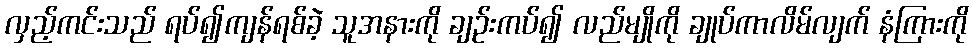
လှည့်ကင်းသည် ရပ်၍ကျန်ရစ်ခဲ့ သူအနားကို ချဉ်းကပ်၍ လည်မျိုကို ချုပ်ကာလိမ်လျက် နံကြားကို